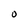
Character: O